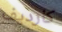
كارديف